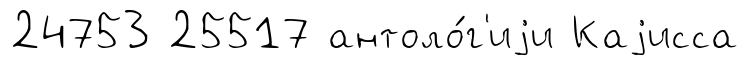
24753 25517 антоло́г'иjи Каjисса